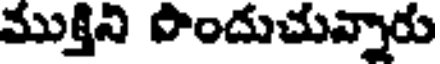
ముక్తిని పొందుచున్నారు